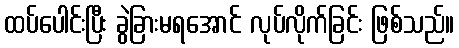
ထပ်ပေါင်းပြီး ခွဲခြားမရအောင် လုပ်လိုက်ခြင်း ဖြစ်သည်။